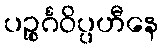
ပဉ္စင်္ဂဝိပ္ပဟီနေ